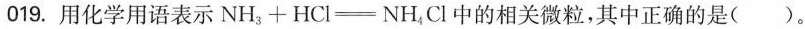
019.用化学用语表示$$\ m a t h r m {